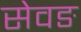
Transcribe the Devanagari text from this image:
सेवङ